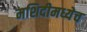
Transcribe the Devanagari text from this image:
मशिदीमध्येच